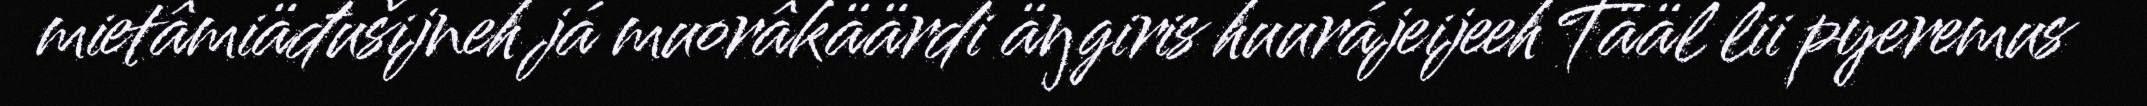
mietâmiäđušijneh já muorâkäärdi äŋgiris huurájeijeeh Tääl lii pyeremus